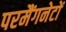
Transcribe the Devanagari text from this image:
परमैंगनेटों